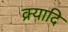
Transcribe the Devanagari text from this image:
क्र्यादि